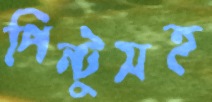
পিন্টুসহ